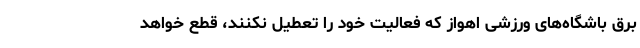
برق باشگاه‌های ورزشی اهواز که فعالیت خود را تعطیل نکنند، قطع خواهد